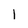
Character: 1